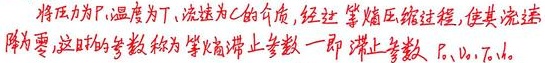
将压力为\(P\)、温度为\(T\)、流速为\(c\)的介质，经过等熵压缩过程，使其流速降为零，这时的参数称为等熵滞止参数，即滞止参数 \(P_0\)、\(c_0\)、\(T_0\)。